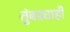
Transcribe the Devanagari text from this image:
तुंबड्याही